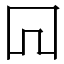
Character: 𠕄